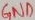
Text: GND